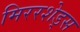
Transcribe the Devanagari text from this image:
मिररशेड्स